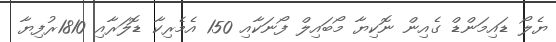
ޔެލޯ ޑައިމަންޑް ގެއިން ނޮކިޔާ މޯބައިލް ފޯނަކާއި 150 އެމެރިކާ ޑޮލަރާއި 1810ރުފިޔާ